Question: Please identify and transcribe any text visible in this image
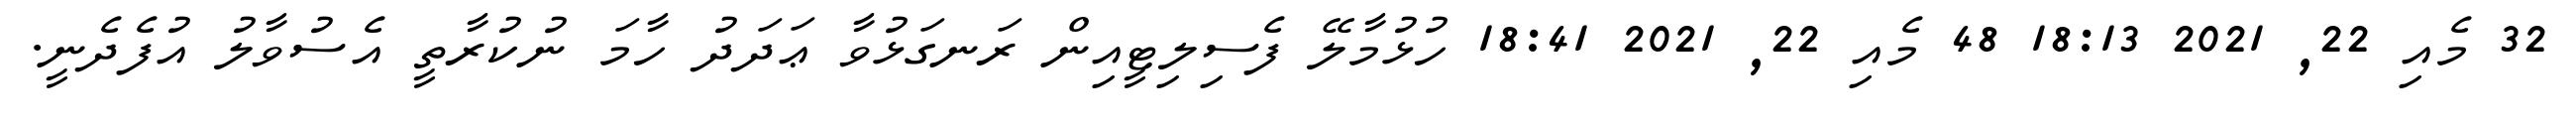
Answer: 32 މެއި 22, 2021 18:13 48 މެއި 22, 2021 18:41 ހުޅުމާލޭ ފެސިލިޓީއިން ރަނގަޅުވާ ޢަދަދު ހާމަ ނުކުރާތީ އެސުވާލު އުފެދެނީ.